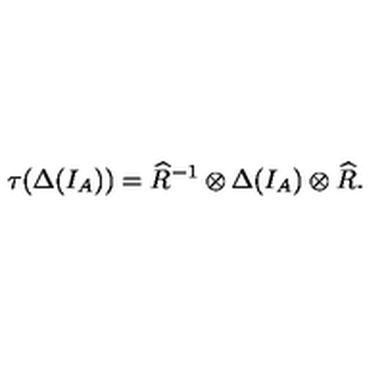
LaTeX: \tau ( \Delta ( I _ { A } ) ) = \widehat { R } ^ { - 1 } \otimes \Delta ( I _ { A } ) \otimes \widehat { R } .